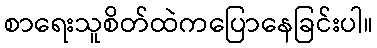
စာရေးသူစိတ်ထဲကပြောနေခြင်းပါ။